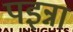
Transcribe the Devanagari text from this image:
पइन्ना